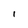
Character: 1